Madras plague regulations and rules for district municipalities and other towns and villages
Disease focus: Plague
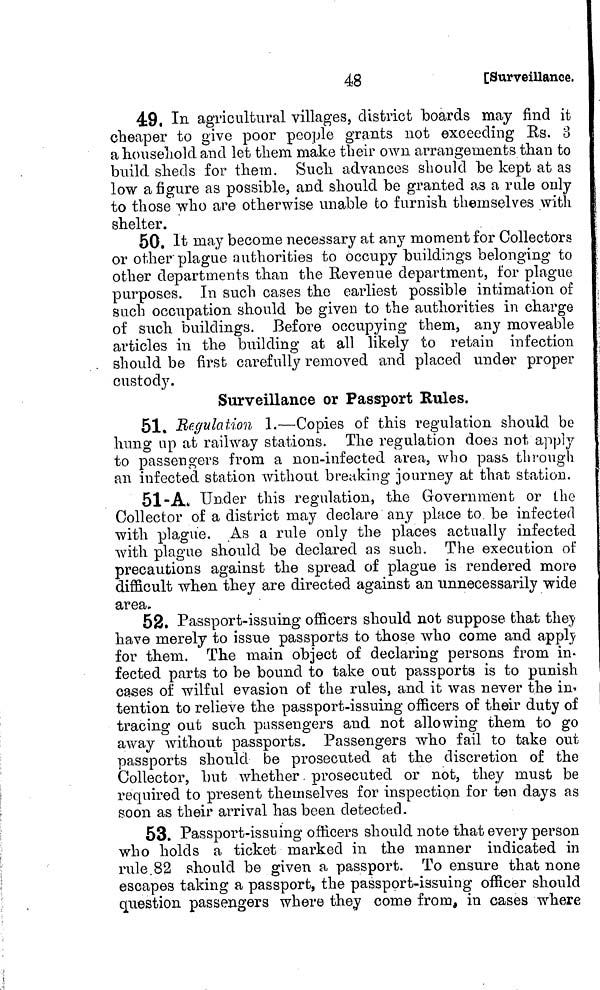
48
[Surveillance,
49. In agricultural villages, district boards may find it
cheaper to give poor people grants not exceeding Rs. 8
a household and let them make their own arrangements than to
build sheds for them. Such advances should be kept at as
low a figure as possible, and should be granted as a rule only
to those who are otherwise unable to furnish themselves with
shelter.
50. It may become necessary at any moment for Collectors
or other plague authorities to occupy buildings belonging to
other departments than the Revenue department, for plague
purposes. In such cases the earliest possible intimation of
such occupation should be given to the authorities in charge
of such buildings. Before occupying them, any moveable
articles in the building at all likely to retain infection
. should be first carefully removed and placed under proper
custody.
Surveillance or Passport Hules.
51. Regulation 1.—Copies of this regulation should be
hung up at railway stations. The regulation does not apply
to passengers from a non-infected area, who pass through
an infected station without breaking journey at that station.
51-Ai Under this regulation, the Government or the
Collector of a district may declare any place to be infected
with plague. As a rule only the places actually infected
with plague should be declared as such. The execution of
precautions against the spread of plague is rendered more
difficult when they are directed against an unnecessarily wide
area.
52. Passport-issuing officers should not suppose that they
have merely to issue passports to those who come and apply
for them. The main object of declaring persons from in-
fected parts to be bound to take out passports is to punish
cases of wilful evasion of the rules, and it was never the in-
tention to relieve the passport-issuing officers of their duty of
tracing out such passengers and not allowing them to go
away without passports. Passengers who fail to take out
passports should be prosecuted at the discretion of the
Collector, but whether prosecuted or not, they must be
required to present themselves for inspection for ten days as
soon as their arrival has been detected.
53. Passport-issuing officers should note that every person
who holds a ticket marked in the manner indicated in
rule.82 should be given a passport. To ensure that none
escapes taking a passport, the passport-issuing officer should
question passengers where they come from, in cases where